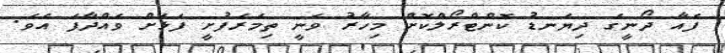
ފެއާ ދޯނީގެ ދިޔަނޑު ކޮންޓްރޯލްކޮށް މިހާރު ވަނީ ތިމަރަފުށީ ފަޅަށް ވައްދާފަ އެވެ.